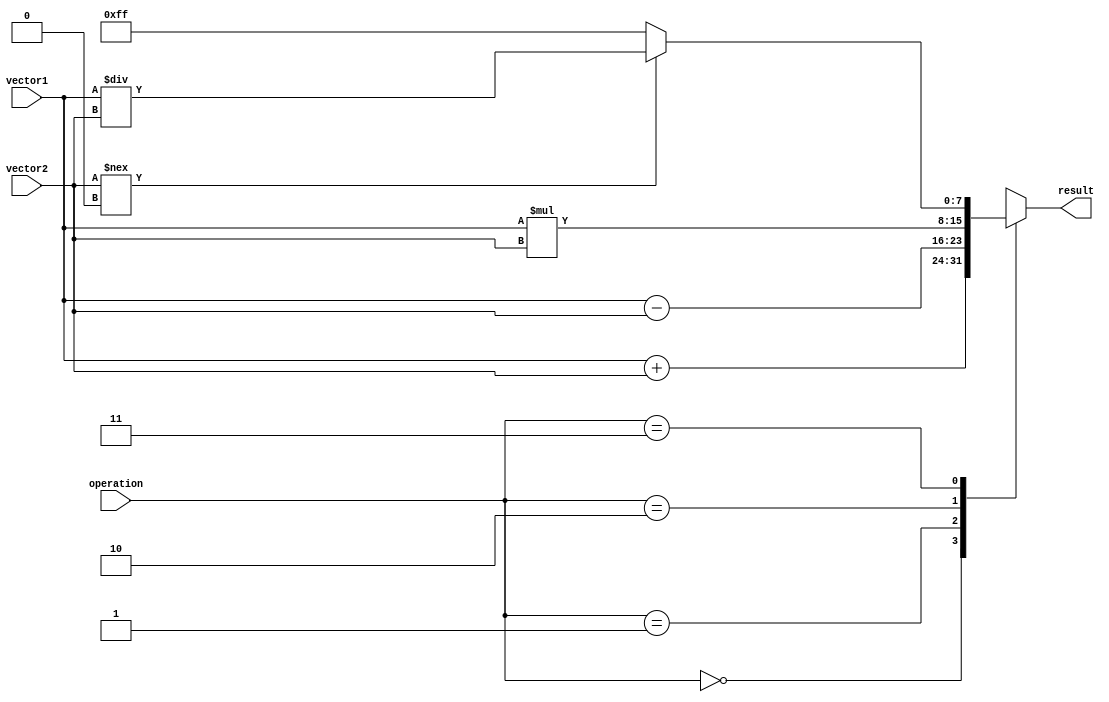
module Vector_ALU(
    input [7:0] vector1,
    input [7:0] vector2,
    input [1:0] operation,
    output reg [7:0] result
);

always @(*) begin
    case(operation)
        2'b00: result = vector1 + vector2; // Addition
        2'b01: result = vector1 - vector2; // Subtraction
        2'b10: result = vector1 * vector2; // Multiplication
        2'b11: begin
            if(vector2 !== 0)
                result = vector1 / vector2; // Division
            else
                result = 8'hFF; // Handle division by zero
        end
    endcase
end

endmodule